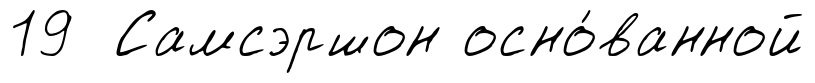
19 Самсэршон осно́ванной